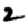
Digit: 2